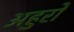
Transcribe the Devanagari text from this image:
अहुरों